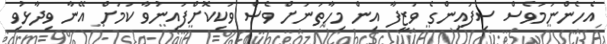
އެހެންނަމަވެސް ސިފައިންގެ ވަޒީފާ އިން މިހާތަނަށް ވެސް ވަކިކޮށްފައިނުވާ ކަމަށް އޭނާ ވިދާޅުވި